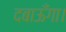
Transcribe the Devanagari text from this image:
दबाऊँगा।